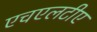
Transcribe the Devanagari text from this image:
एचएलटीए